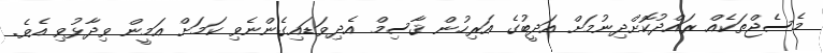
މެސެޖްތަކެއް ރައްދުކޮށްދިނުމަށް އަދީބުގެ އަރިހުން ޤާސިމް އެދިވަޑައިގެންނެވި ކަމަށް އަމީން ވިދާޅުވި އެވެ.